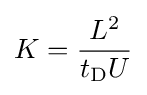
K={\frac {L^{2}}{t_{\text{D}}U}}